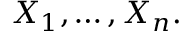
X _ { 1 } , \dots , X _ { n } .